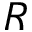
R